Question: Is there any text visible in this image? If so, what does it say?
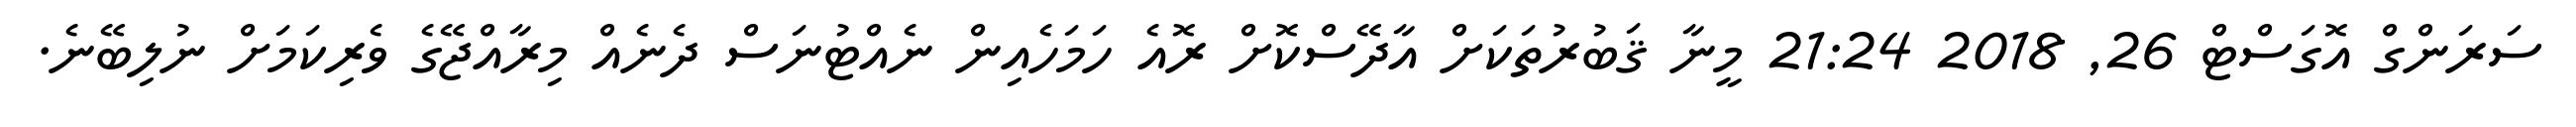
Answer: ސަރަންގް އޮގަސްޓް 26, 2018 21:24 މީނާ ޤަބުރުތަކަށް އާދޭސްކޮށް ރޮއެ ހަމަހެއިން ނެއްޓުނަސް ދެނެއް މިރާއްޖޭގެ ވެރިކަމަށް ނުލިބޭނެ.